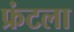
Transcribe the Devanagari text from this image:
फ्रंटला